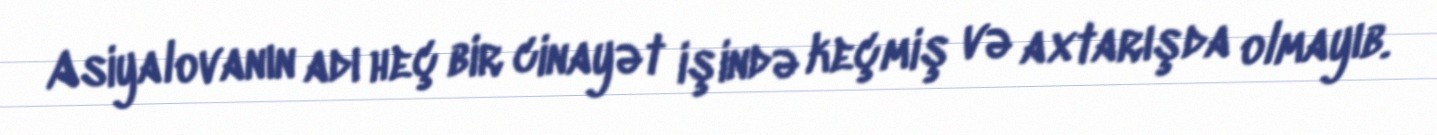
Asiyalovanın adı heç bir cinayət işində keçmiş və axtarışda olmayıb.